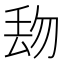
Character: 𱍘